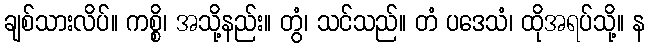
ချစ်သားလိပ်။ ကစ္စိ၊ အသို့နည်း။ တွံ၊ သင်သည်။ တံ ပဒေသံ၊ ထိုအရပ်သို့။ န